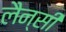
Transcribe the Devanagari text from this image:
लैन्सी